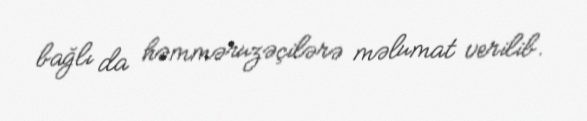
bağlı da həmməruzəçilərə məlumat verilib.